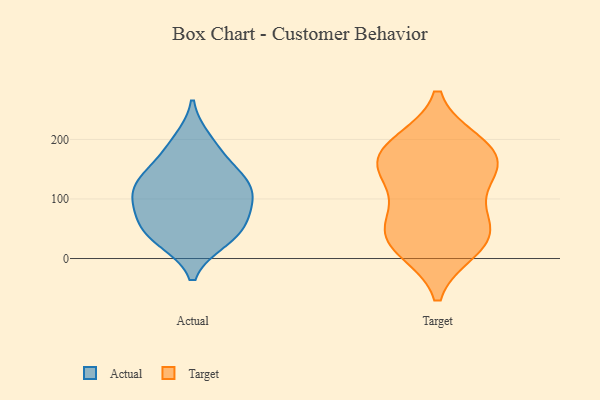
{"axis": {"x": "Backlog", "y": "Value"}, "legend": ["Actual", "Target"], "data": [{"x": "", "y": 198, "type": "Actual"}, {"x": "", "y": 31, "type": "Actual"}, {"x": "", "y": 139, "type": "Actual"}, {"x": "", "y": 61, "type": "Actual"}, {"x": "", "y": 127, "type": "Actual"}, {"x": "", "y": 79, "type": "Actual"}, {"x": "", "y": 133, "type": "Actual"}, {"x": "", "y": 40, "type": "Actual"}, {"x": "", "y": 85, "type": "Actual"}, {"x": "", "y": 113, "type": "Actual"}, {"x": "", "y": 178, "type": "Actual"}, {"x": "", "y": 37, "type": "Actual"}, {"x": "", "y": 107, "type": "Actual"}, {"x": "", "y": 16, "type": "Target"}, {"x": "", "y": 26, "type": "Target"}, {"x": "", "y": 132, "type": "Target"}, {"x": "", "y": 152, "type": "Target"}, {"x": "", "y": 148, "type": "Target"}, {"x": "", "y": 186, "type": "Target"}, {"x": "", "y": 189, "type": "Target"}, {"x": "", "y": 75, "type": "Target"}, {"x": "", "y": 23, "type": "Target"}, {"x": "", "y": 51, "type": "Target"}, {"x": "", "y": 194, "type": "Target"}, {"x": "", "y": 60, "type": "Target"}, {"x": "", "y": 157, "type": "Target"}]}